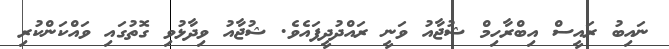
ނައިބު ރައީސް އިބްރާހިމް ޝުޖާއު ވަނީ ރައްދުދީފައެވެ. ޝުޖާއު ވިދާޅުވި ގޮތުގައި ވައްކަންކުރި